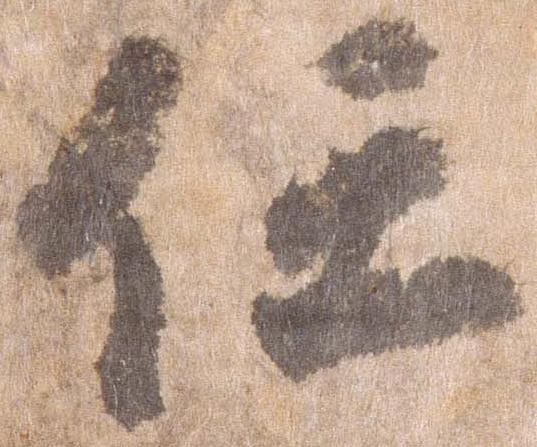
任